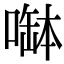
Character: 𠼭